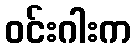
ဝင်းဂါးက